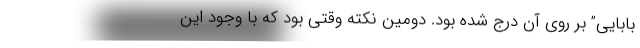
بابایی” بر روی آن درج شده بود. دومین نکته وقتی بود که با وجود این